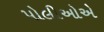
પોલીઓએ